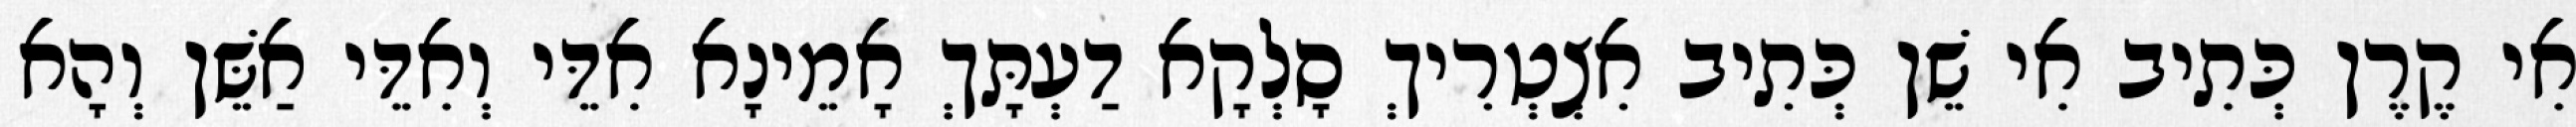
אִי קֶרֶן כְּתִיב אִי שֵׁן כְּתִיב אִצְטְרִיךְ סָלְקָא דַעְתָּךְ אָמֵינָא אִדֵּי וְאִדֵּי אַשֵּׁן וְהָא